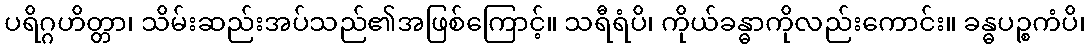
ပရိဂ္ဂဟိတ္တာ၊ သိမ်းဆည်းအပ်သည်၏အဖြစ်ကြောင့်။ သရီရံပိ၊ ကိုယ်ခန္ဓာကိုလည်းကောင်း။ ခန္ဓပဉ္စကံပိ၊